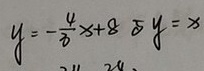
y = - \frac { 4 } { 3 } x + 8 5 y = x